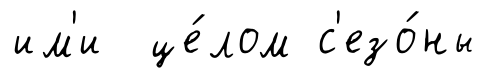
им'и це́лом с'езо́ны